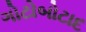
ગોટોબોટાદ